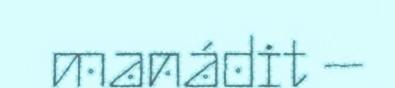
manádit –